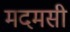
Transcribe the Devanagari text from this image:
मदमसी